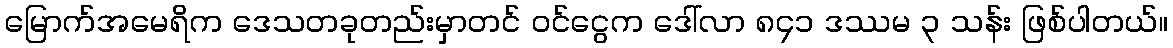
မြောက်အမေရိက ဒေသတခုတည်းမှာတင် ဝင်ငွေက ဒေါ်လာ ၈၄၁ ဒဿမ ၃ သန်း ဖြစ်ပါတယ်။